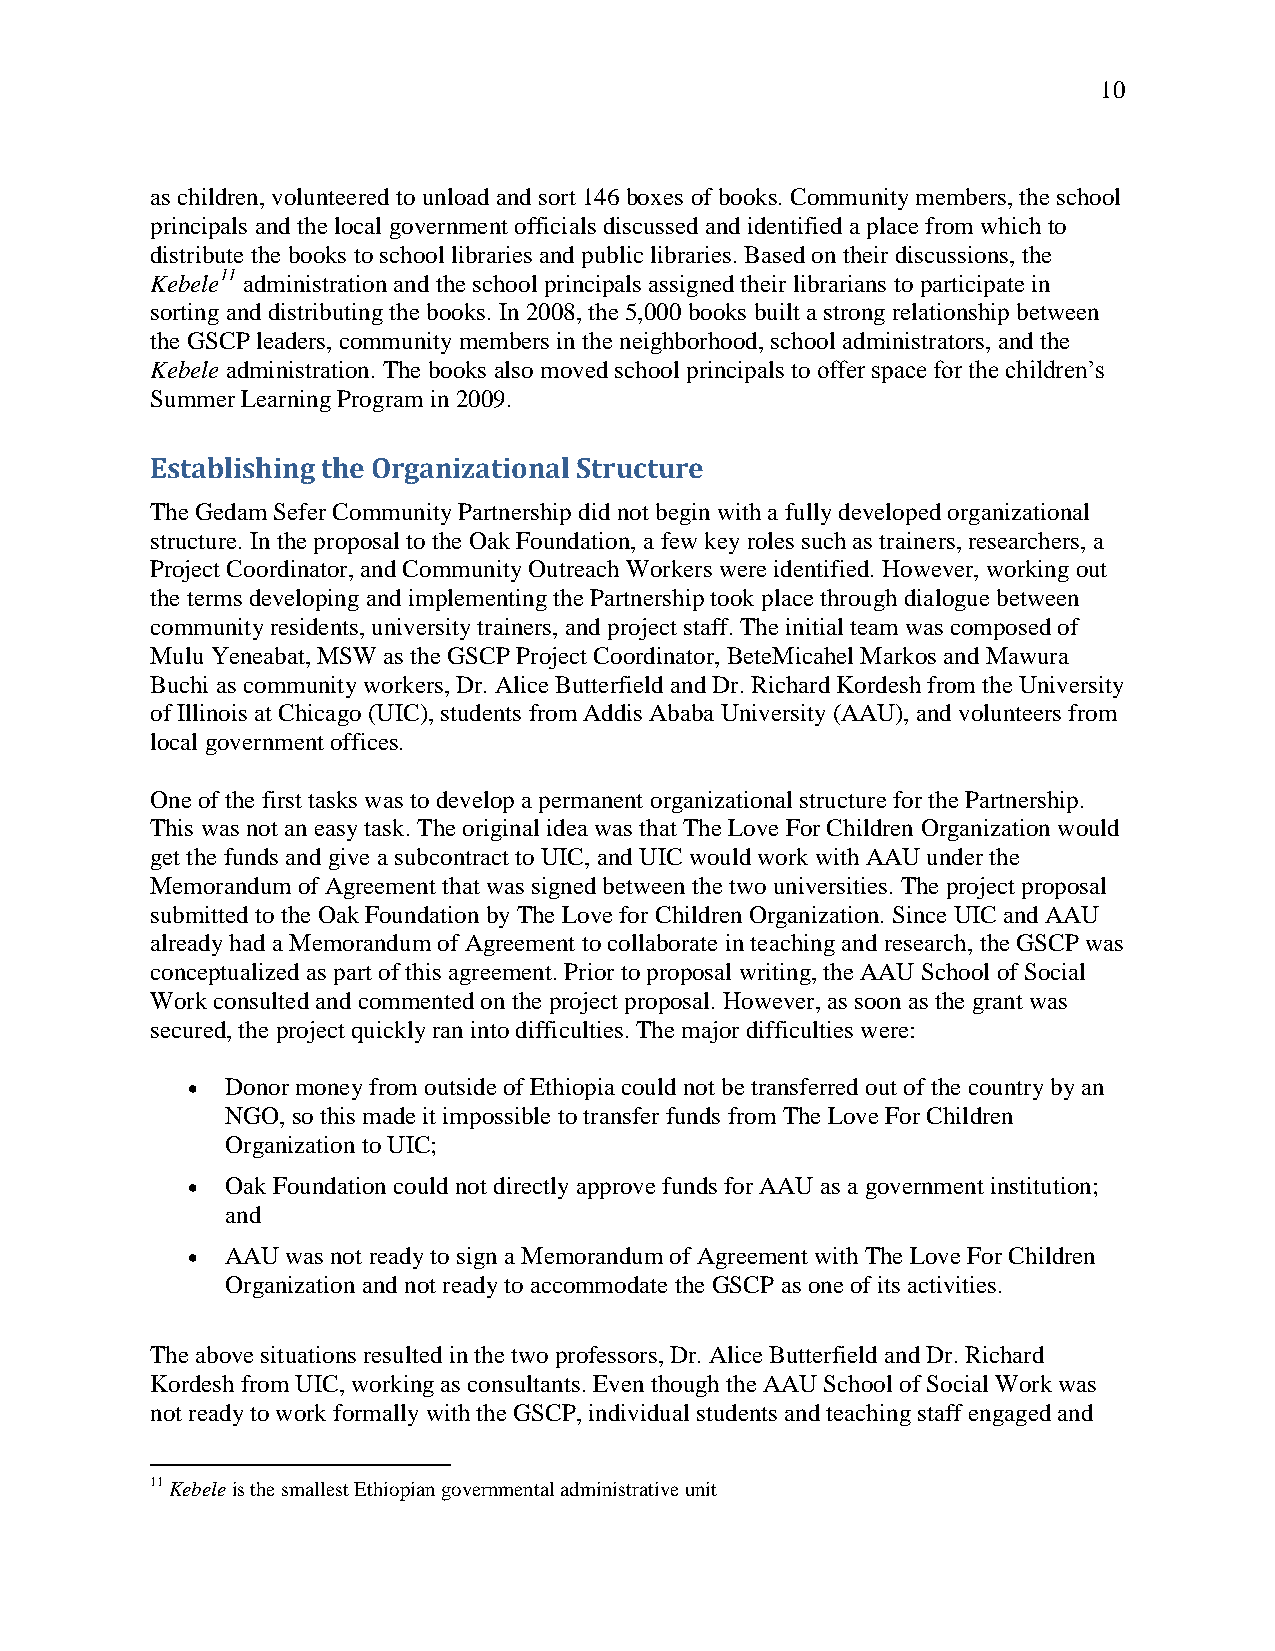
10
 as children, volunteered to unload and sort 146 boxes of books. Community members, the school
 principals and the local government officials discussed and identified a place from which to
 distribute the books to school libraries and public libraries. Based on their discussions, the
 Kebele11 administration and the school principals assigned their librarians to participate in
 sorting and distributing the books. In 2008, the 5,000 books built a strong relationship between
 the GSCP leaders, community members in the neighborhood, school administrators, and the
 Kebele administration. The books also moved school principals to offer space for the children‘s
 Summer Learning Program in 2009.
 Establishing the Organizational Structure
 The Gedam Sefer Community Partnership did not begin with a fully developed organizational
 structure. In the proposal to the Oak Foundation, a few key roles such as trainers, researchers, a
 Project Coordinator, and Community Outreach Workers were identified. However, working out
 the terms developing and implementing the Partnership took place through dialogue between
 community residents, university trainers, and project staff. The initial team was composed of
 Mulu Yeneabat, MSW as the GSCP Project Coordinator, BeteMicahel Markos and Mawura
 Buchi as community workers, Dr. Alice Butterfield and Dr. Richard Kordesh from the University
 of Illinois at Chicago (UIC), students from Addis Ababa University (AAU), and volunteers from
 local government offices.
 One of the first tasks was to develop a permanent organizational structure for the Partnership.
 This was not an easy task. The original idea was that The Love For Children Organization would
 get the funds and give a subcontract to UIC, and UIC would work with AAU under the
 Memorandum of Agreement that was signed between the two universities. The project proposal
 submitted to the Oak Foundation by The Love for Children Organization. Since UIC and AAU
 already had a Memorandum of Agreement to collaborate in teaching and research, the GSCP was
 conceptualized as part of this agreement. Prior to proposal writing, the AAU School of Social
 Work consulted and commented on the project proposal. However, as soon as the grant was
 secured, the project quickly ran into difficulties. The major difficulties were:
   Donor money from outside of Ethiopia could not be transferred out of the country by an
 NGO, so this made it impossible to transfer funds from The Love For Children
 Organization to UIC;
   Oak Foundation could not directly approve funds for AAU as a government institution;
 and
   AAU was not ready to sign a Memorandum of Agreement with The Love For Children
 Organization and not ready to accommodate the GSCP as one of its activities.
 The above situations resulted in the two professors, Dr. Alice Butterfield and Dr. Richard
 Kordesh from UIC, working as consultants. Even though the AAU School of Social Work was
 not ready to work formally with the GSCP, individual students and teaching staff engaged and
 11 Kebele is the smallest Ethiopian governmental administrative unit